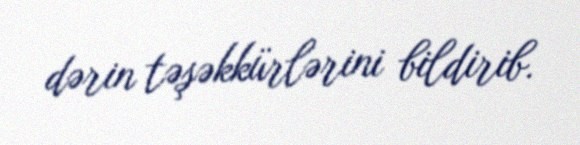
dərin təşəkkürlərini bildirib.